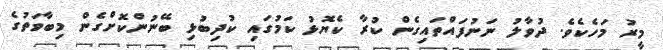
މީރު މަހެކެވެ. ދުވާލު ނަނުފައްތައިގެން ކުރާ ކެޔޮޅު ކަމުގައި ކުދިބުޅި ބޭނުންކޮށްގެން މިބާވަތުގެ